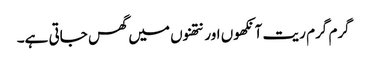
گرم گرم ریت آنکھوں اور نتھنوں میں گھس جاتی ہے۔